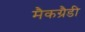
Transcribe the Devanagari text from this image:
मैकग्रैडी